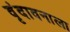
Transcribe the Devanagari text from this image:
वृंदावनाला